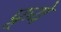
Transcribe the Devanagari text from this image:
फ्र्ये